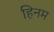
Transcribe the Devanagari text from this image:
हिनम